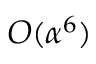
O ( \alpha ^ { 6 } )